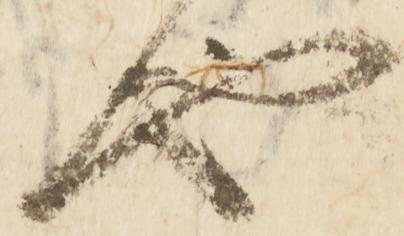
也